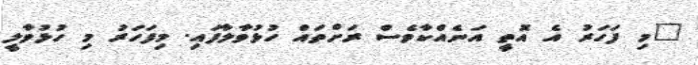
"މި ފަހަރު އެ އޮތީ އަނެއްކާވެސް ރަށްތައް ހުޅުވާލާފައި. މިފަހަރު މި ހުޅުވާލީ